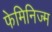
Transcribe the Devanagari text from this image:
फेमिनिज्म